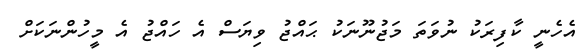
އެހެނީ ކާފިރަކު ނުވަތަ މަޖުނޫނަކު ޙައްޖު ވިޔަސް އެ ހައްޖު އެ މީހުންނަކަށް